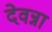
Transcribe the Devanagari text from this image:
देवन्ना